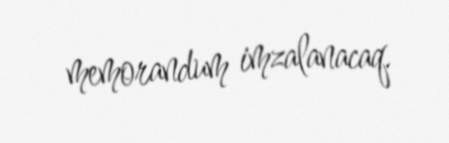
memorandum imzalanacaq.